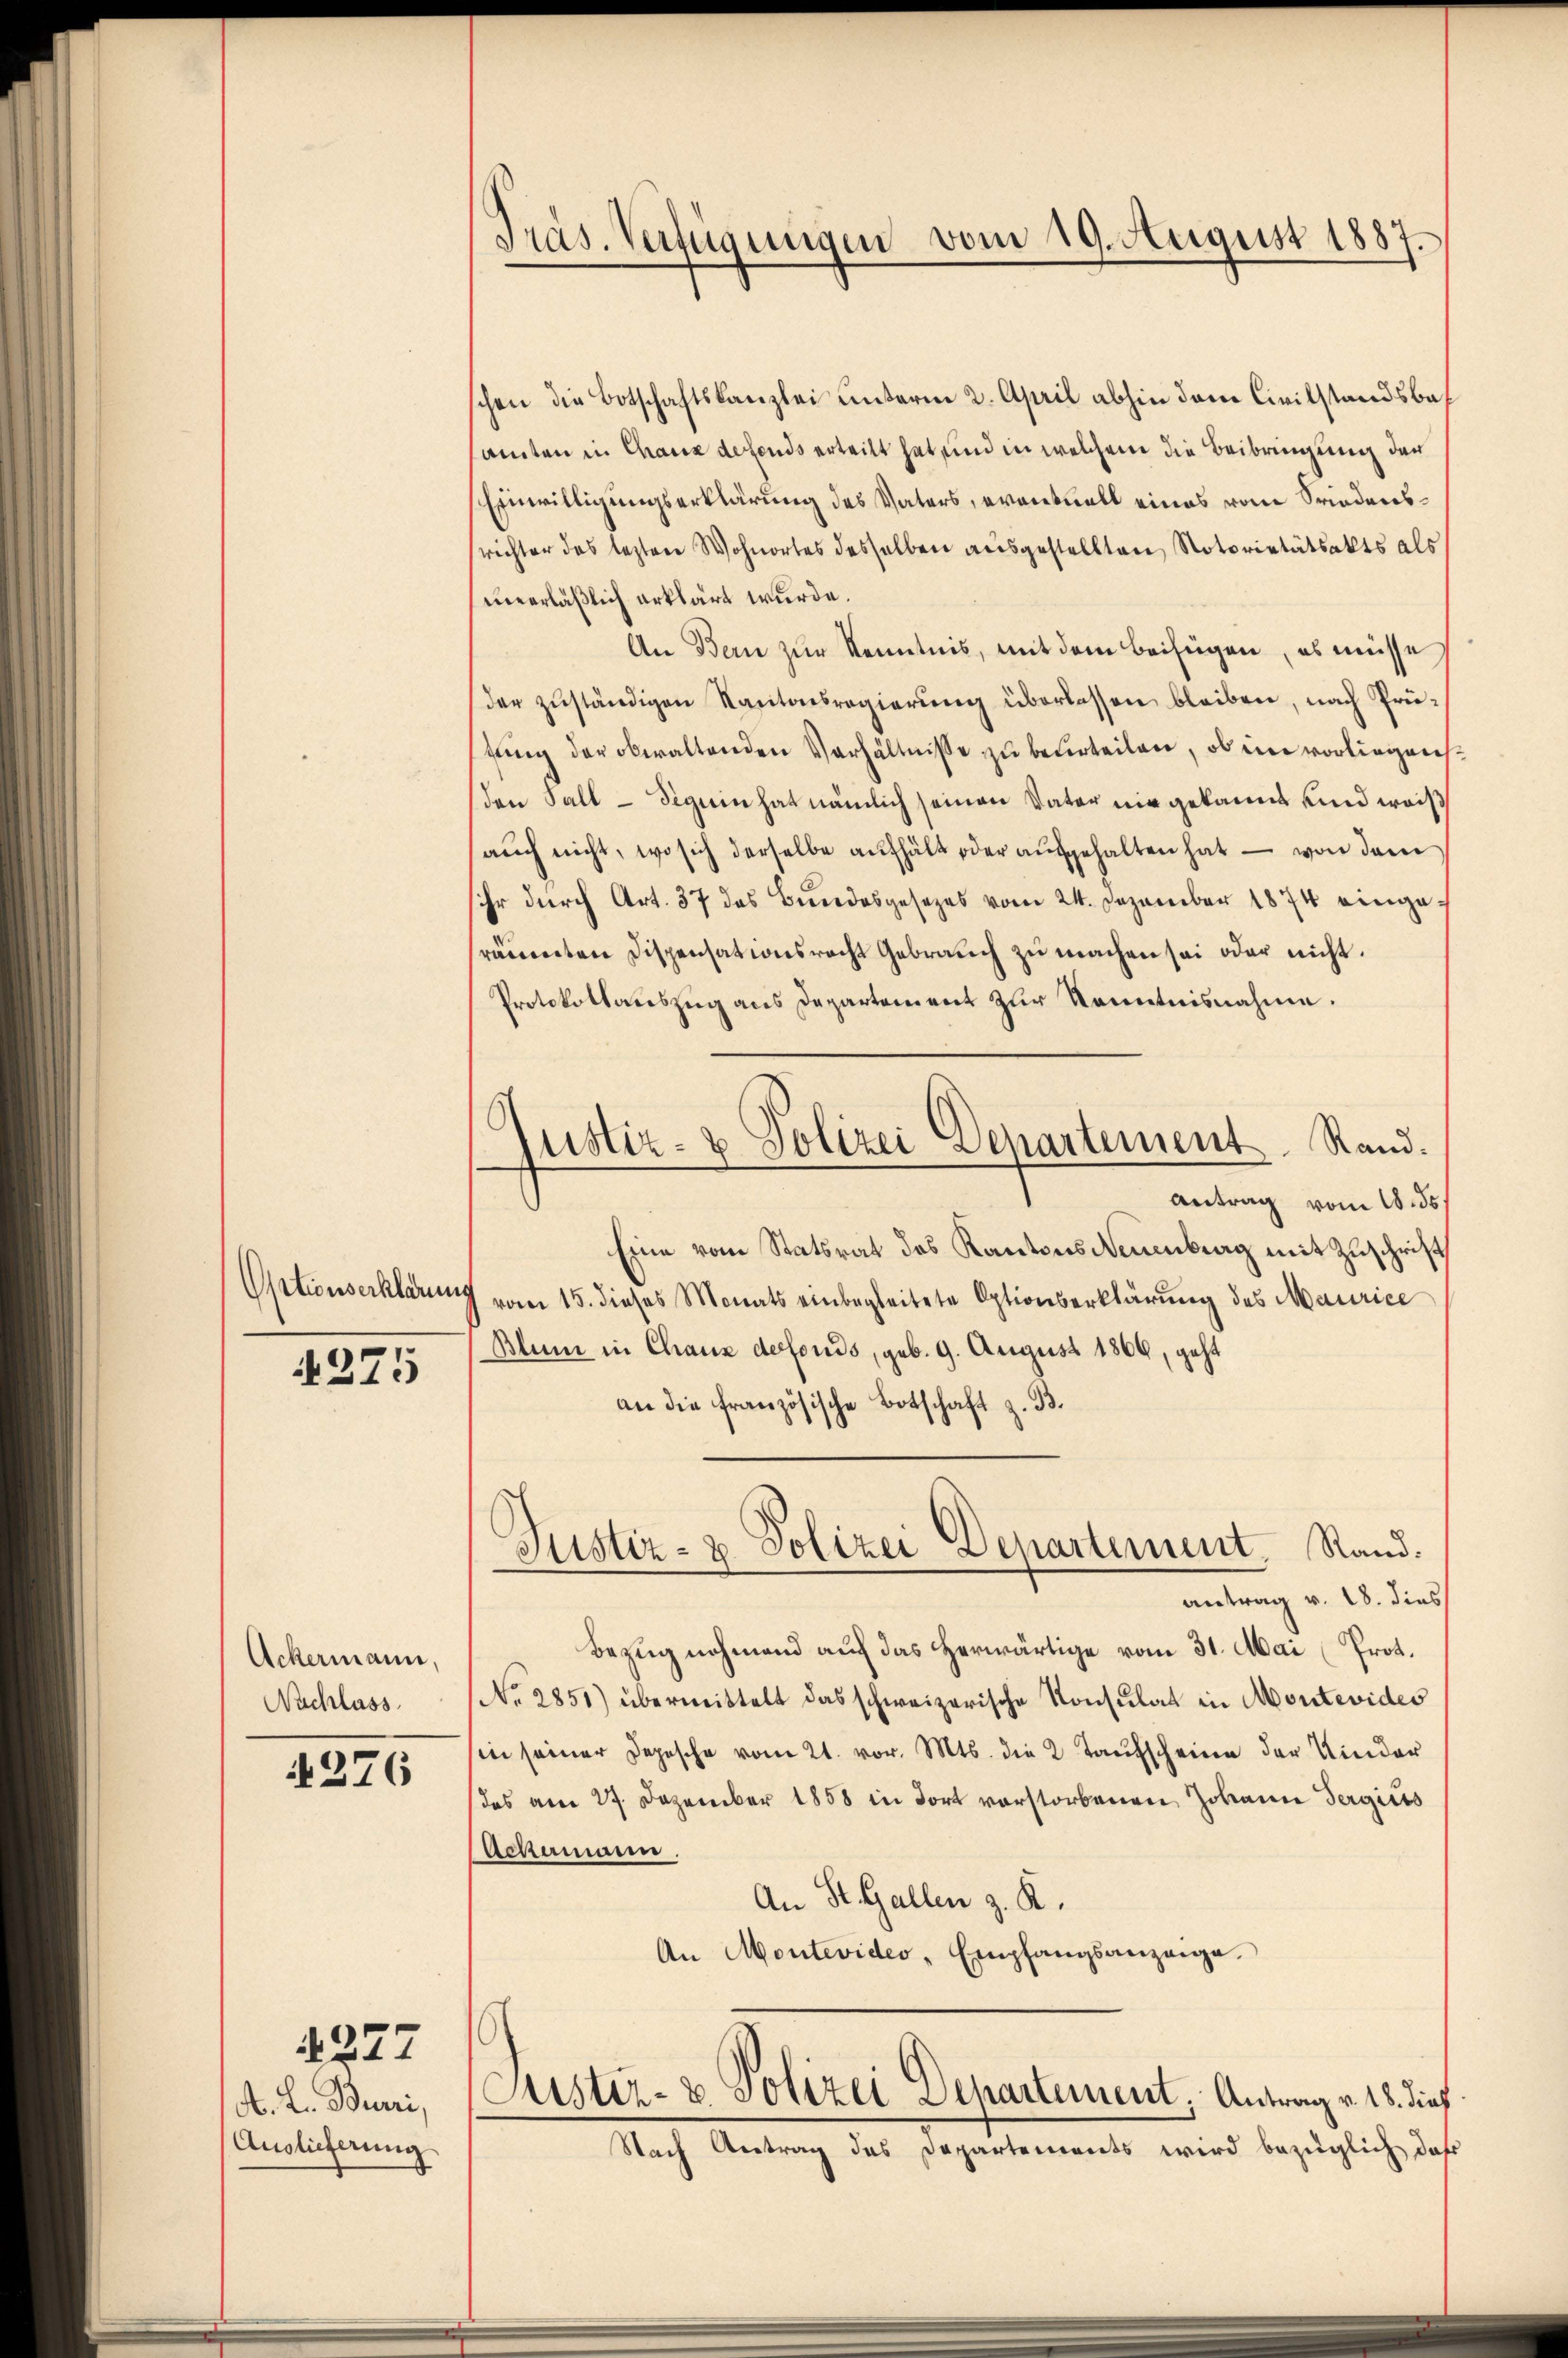
Opationserklärun

275

Ackermann,
Nachlass

4276

§ 277

A. L. Burri,
Auslieferung

Präs. Verfügungen vom 19. August 1887.

E
ustiz- & Polizei Departement. Rand¬

schen die Botschaftskanzlei unterm 2. April abhin dem Civilstandsbasamten in Chaux defends erteilt hat und in welchem die Beibringung der
Einwilligungserklärung des Vaters, eventuell eines vom Friedenssrichter das leztere Wohnortes desselben ausgestellten Notorietätsakts als
unerläßlich erklärt wurde.
An Bern zur Kenntnis, mit dem beifügen, es müsse
der zuständigen Kantonsregierung überlassen bleiben, nach Prütŭng der obwaltenden Verhältnisse zu beurteilen, ob ein vorliegen
den Fall - Sigrin hat nämlich seinen Vater nie gekannt unnd weiß
auch nicht, wo sich derselbe aufhält oder aufgehalten hat – von dem
sihr durch Art. 37 des Bundesgesetzes vom 24. Dezember 1874 eingerämenten Dispensationsrecht Gebrauch zu machen sei oder nicht.
Protokollauszug aus Departement zur Kenntnisnahme.
Antrag vom 18. ds.
Eine vom Statsrat des Kantons Neuenburg mit Zuschrift
vom 15. dieses Monats einbegleitete Optionserklärung des Maurice
Blum in Chaus derfonds, geb. 9. August 1866, geht
an die französische Botschaft z. B.
Justiz- & Polizei Departement. Rand.
antrag v. 18. dies
Bezug nehmend auf das herwärtige vom 31. Mai (Prot.
No. 2851) übermittelt das schweizerische Konsulat in Montevides
sin seiner Depesche vom 21. vor. Mts. die 2 Taufscheine der Kinder
das am 27. Dezember 1858 in dort vorstorbenen Johann Sergies
Achumann.
An St. Gallen z. R.
An Montevides - Empfangsanzeige.

.
Justiz- & Polizei Departement, Antrag v. 18. dies
Nach Antrag des Departements wird bezüglich daß